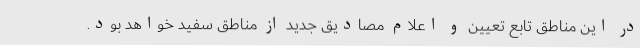
در این مناطق تابع تعیین و اعلام مصادیق جدید از مناطق سفید خواهد بود.